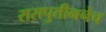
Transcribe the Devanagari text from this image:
रासपुतीननेच